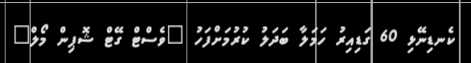
ކެނޑިނޭޅި 60 ގަޑިއިރު ހަމަލާ ބަދަލު ކުރުމަށްފަހު "ވެސްޓް ގޭޓް ޝޮޕިން މޯލް"